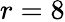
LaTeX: r=8